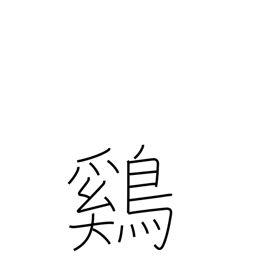
Meaning: chicken